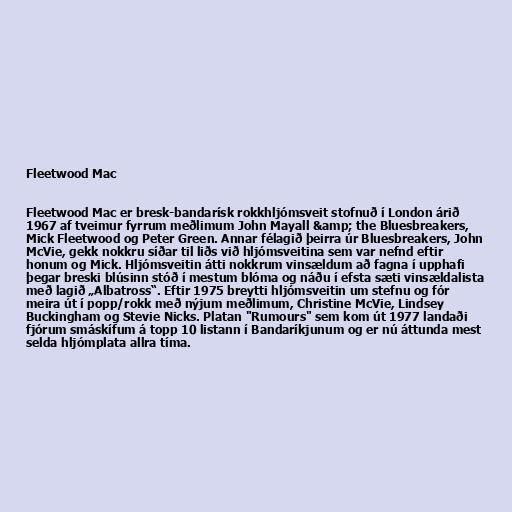
Fleetwood Mac

Fleetwood Mac er bresk-bandarísk rokkhljómsveit stofnuð í London árið
1967 af tveimur fyrrum meðlimum John Mayall &amp; the Bluesbreakers,
Mick Fleetwood og Peter Green. Annar félagið þeirra úr Bluesbreakers, John
McVie, gekk nokkru síðar til liðs við hljómsveitina sem var nefnd eftir
honum og Mick. Hljómsveitin átti nokkrum vinsældum að fagna í upphafi
þegar breski blúsinn stóð í mestum blóma og náðu í efsta sæti vinsældalista
með lagið „Albatross“. Eftir 1975 breytti hljómsveitin um stefnu og fór
meira út í popp/rokk með nýjum meðlimum, Christine McVie, Lindsey
Buckingham og Stevie Nicks. Platan "Rumours" sem kom út 1977 landaði
fjórum smáskífum á topp 10 listann í Bandaríkjunum og er nú áttunda mest
selda hljómplata allra tíma.